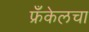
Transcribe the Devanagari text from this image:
फ्रँकेलचा